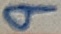
Text: 9